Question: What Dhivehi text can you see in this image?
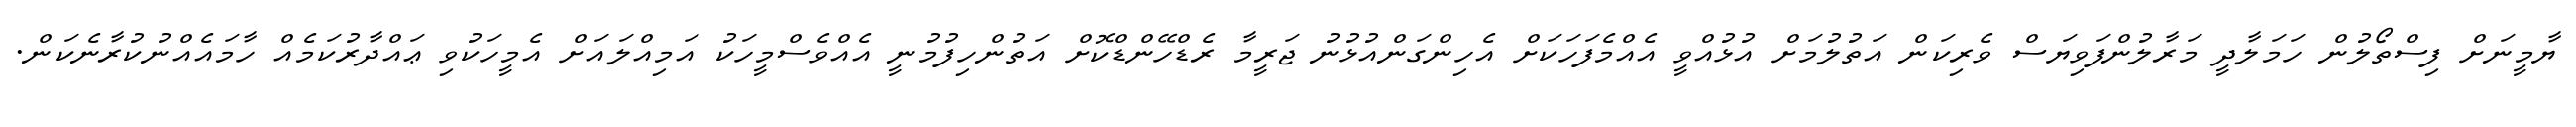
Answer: ޔާމީނަށް ފިސްތޯލުން ހަމަލާދީ މަރާލުންފަވިޔަސް ވެރިކަން އަތުލުމަށް އުޅުއްވީ އެއްމެފަހަކަށް އެހިންގަންއުޅުނު ޖަރީމާ ރެޑްހޭންޑްކޮށް އަތުންހިފުމުނީ އެއްވެސްމީހަކު އަމިއްލައަށް އެމީހަކުވި ޢައްދާރުކަމެއް ހާމައެއްނުކުރާނެކަން.